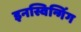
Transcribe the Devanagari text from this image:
इनस्विन्गिंग